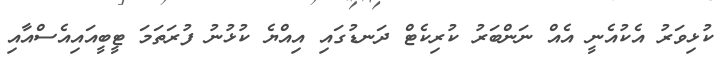
ކުޅިވަރު އެކުއެނީ އެއް ނަންބަރު ކުރިކެޓް ދަނޑުގައި އިއްޔެ ކުޅުނު ފުރަތަމަ ޓީބީއައިއެސްއާއި